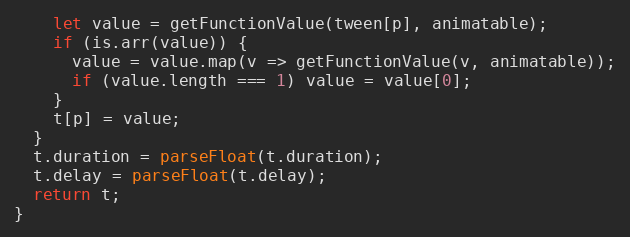
Language: JavaScript
    let value = getFunctionValue(tween[p], animatable);
    if (is.arr(value)) {
      value = value.map(v => getFunctionValue(v, animatable));
      if (value.length === 1) value = value[0];
    }
    t[p] = value;
  }
  t.duration = parseFloat(t.duration);
  t.delay = parseFloat(t.delay);
  return t;
}